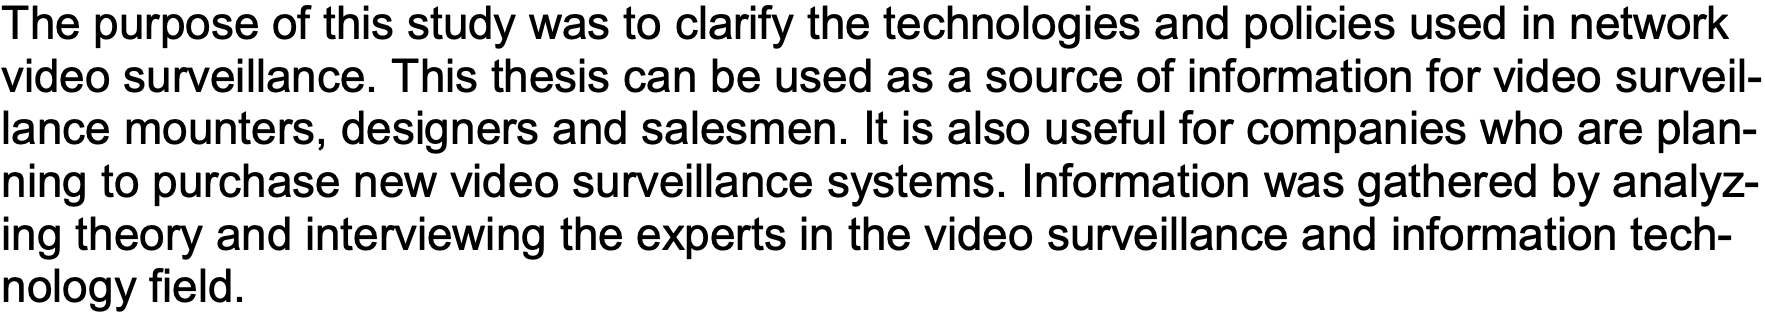
The purpose of this study was to clarify the technologies and policies used in network video surveillance. This thesis can be used as a source of information for video surveil- lance mounters, designers and salesmen. It is also useful for companies who are plan- ning to purchase new video surveillance systems. Information was gathered by analyz- ing theory and interviewing the experts in the video surveillance and information tech- nology field.